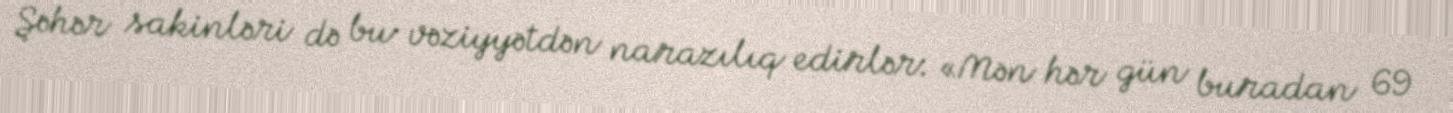
Şəhər sakinləri də bu vəziyyətdən narazılıq edirlər: «Mən hər gün buradan 69